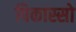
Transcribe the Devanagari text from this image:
पिकास्सो